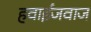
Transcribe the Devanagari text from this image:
हवाईजवाज